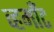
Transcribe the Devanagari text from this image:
व्हर्मॉँट